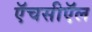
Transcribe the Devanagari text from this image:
ऍचसीऍल